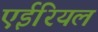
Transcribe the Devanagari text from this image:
एईरियल